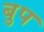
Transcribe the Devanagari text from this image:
बुप